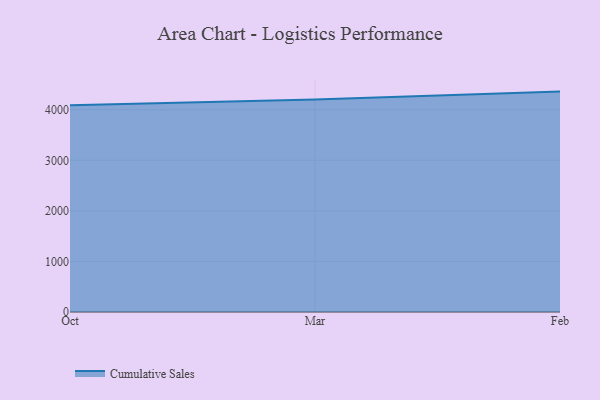
{"axis": {"x": "Month", "y": "LTV (USD)"}, "legend": ["Cumulative Sales"], "data": [{"x": "Oct", "y": 4089.4, "type": "Cumulative Sales"}, {"x": "Mar", "y": 4201.0, "type": "Cumulative Sales"}, {"x": "Feb", "y": 4359.2, "type": "Cumulative Sales"}]}